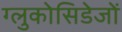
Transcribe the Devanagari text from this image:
ग्लुकोसिडेजों